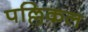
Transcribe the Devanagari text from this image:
पल्लिकल